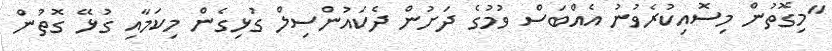
"މިގޮތުން މިސޮއިކުރެވުނު އެއްބަސް ވުމުގެ ދަށުން ދެކައުންސިލް ގުޅިގެން މިކަމާއި ގުޅޭ ގޮތުން